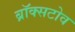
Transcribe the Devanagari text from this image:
ब्रॉक्सटोव